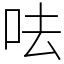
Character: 呿